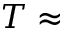
T \approx